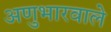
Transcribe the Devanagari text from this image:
अणुभारवाले